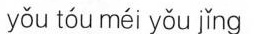
yǒu tóu méi yǒu jǐng